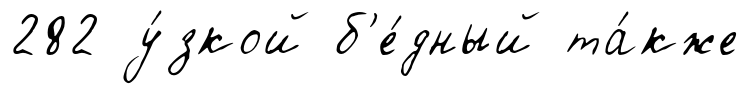
282 у́зкой б'е́дный та́кже